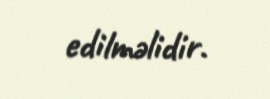
edilməlidir.